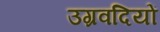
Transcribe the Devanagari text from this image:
उग्रवदियों